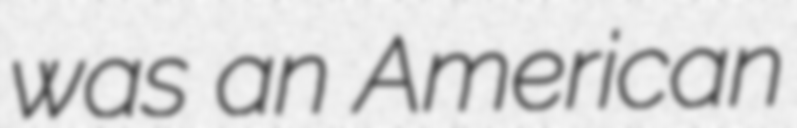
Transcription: was an American